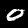
Label: 0